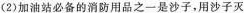
(2)加油站必备的消防用品之一是沙子，用沙子灭